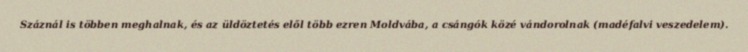
Száznál is többen meghalnak, és az üldöztetés elől több ezren Moldvába, a csángók közé vándorolnak (madéfalvi veszedelem).